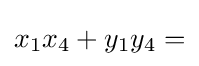
x_{1}x_{4}+y_{1}y_{4}=